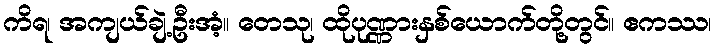
ကိရ၊ အကျယ်ချဲ့ဦးအံ့။ တေသု၊ ထိုပုဏ္ဏားနှစ်ယောက်တို့တွင်။ ဧကဿ၊